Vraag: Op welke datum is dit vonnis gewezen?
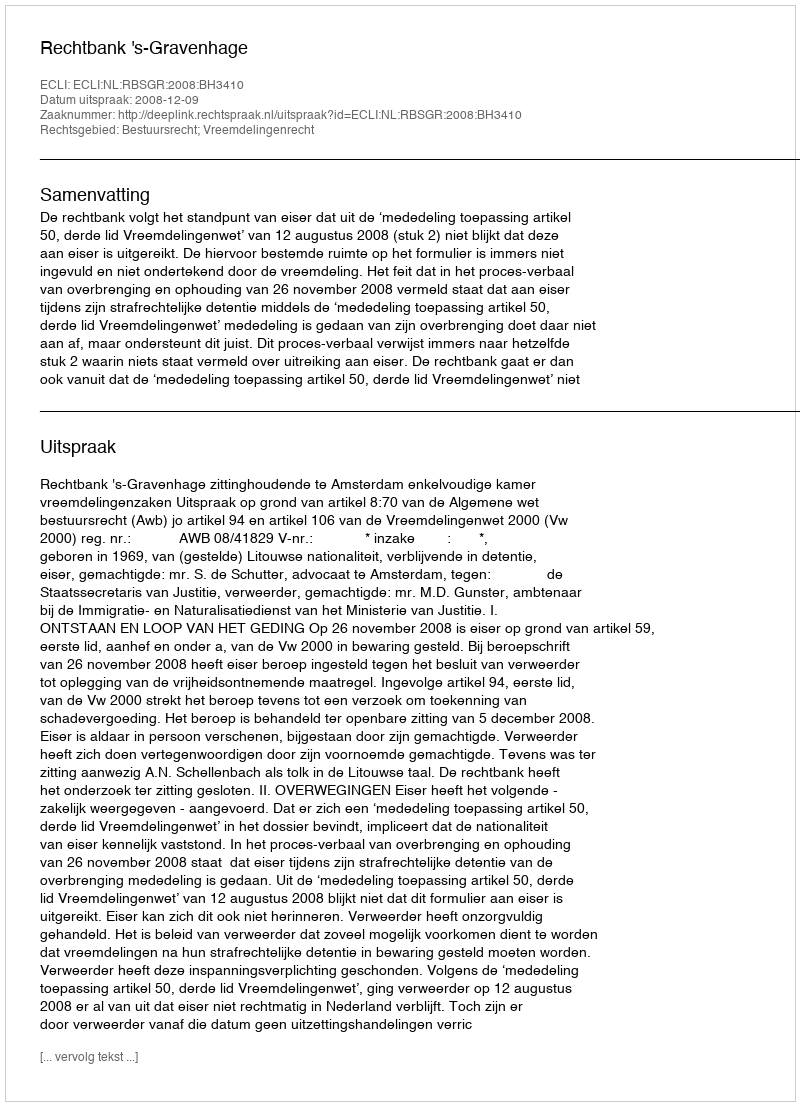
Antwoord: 2008-12-09